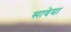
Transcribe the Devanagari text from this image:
सावेया